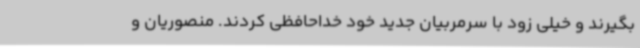
بگیرند و خیلی زود با سرمربیان جدید خود خداحافظی کردند. منصوریان و